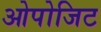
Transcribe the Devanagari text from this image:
ओपोजिट